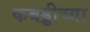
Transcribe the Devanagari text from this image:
कबड्डीच्या